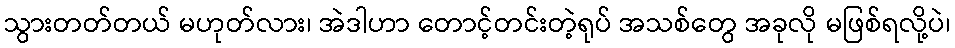
သွားတတ်တယ် မဟုတ်လား၊ အဲဒါဟာ တောင့်တင်းတဲ့ရုပ် အသစ်တွေ အခုလို မဖြစ်ရလို့ပဲ၊